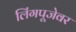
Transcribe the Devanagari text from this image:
लिंगपूजेवर